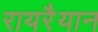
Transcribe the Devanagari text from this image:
रायरैयान